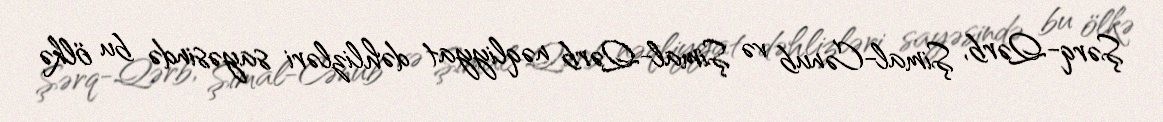
Şərq-Qərb, Şimal-Cənub və Şimal-Qərb nəqliyyat dəhlizləri sayəsində bu ölkə